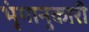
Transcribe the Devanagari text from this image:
भृंगानुकारी